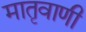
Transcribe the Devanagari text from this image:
मातृवाणी